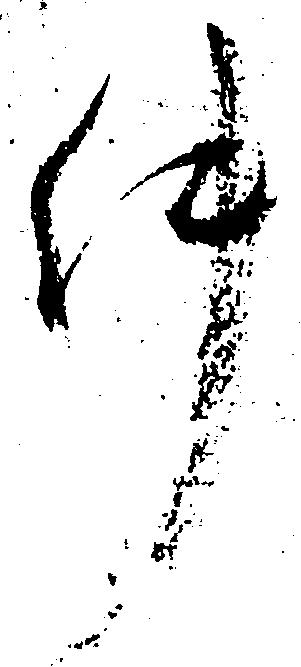
件